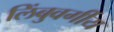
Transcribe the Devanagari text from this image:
लिंबुवर्गीय